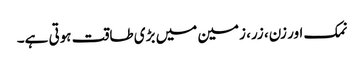
نمک اور زن، زر، زمین میں بڑی طاقت ہوتی ہے۔